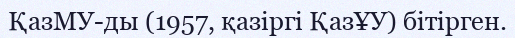
ҚазМУ-ды (1957, қазіргі ҚазҰУ) бітірген.